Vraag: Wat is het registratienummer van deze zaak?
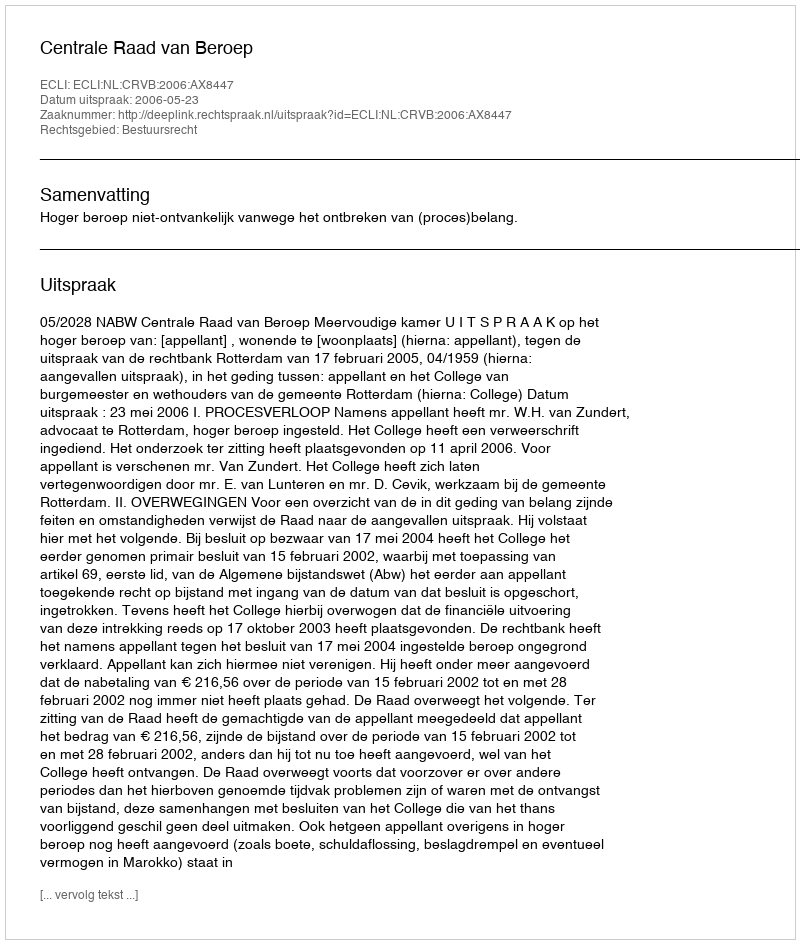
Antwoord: http://deeplink.rechtspraak.nl/uitspraak?id=ECLI:NL:CRVB:2006:AX8447